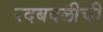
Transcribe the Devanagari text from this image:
रदबदलीची